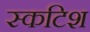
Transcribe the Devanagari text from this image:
स्कटिश